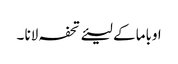
اوباما کے لیئے تحفہ لانا ۔